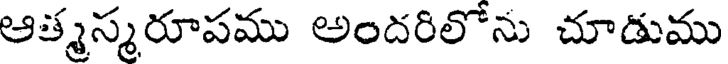
ఆత్మస్మరూపము అందరిలోను చూడుము